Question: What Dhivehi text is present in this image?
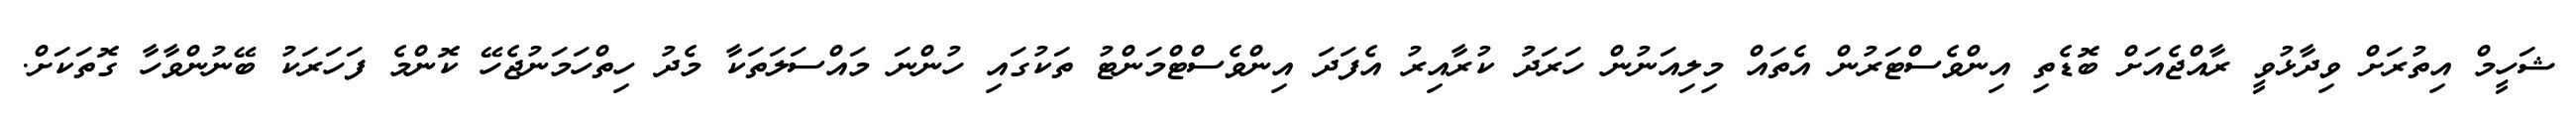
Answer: ޝަހީމް އިތުރަށް ވިދާޅުވީ ރާއްޖެއަށް ބޮޑެތި އިންވެސްޓަރުން އެތައް މިލިއަނުން ހަރަދު ކުރާއިރު އެފަދަ އިންވެސްޓްމަންޓު ތަކުގައި ހުންނަ މައްސަލަތަކާ މެދު ހިތްހަމަނުޖެހޭ ކޮންމެ ފަހަރަކު ބޭނުންވާހާ ގޮތަކަށް.